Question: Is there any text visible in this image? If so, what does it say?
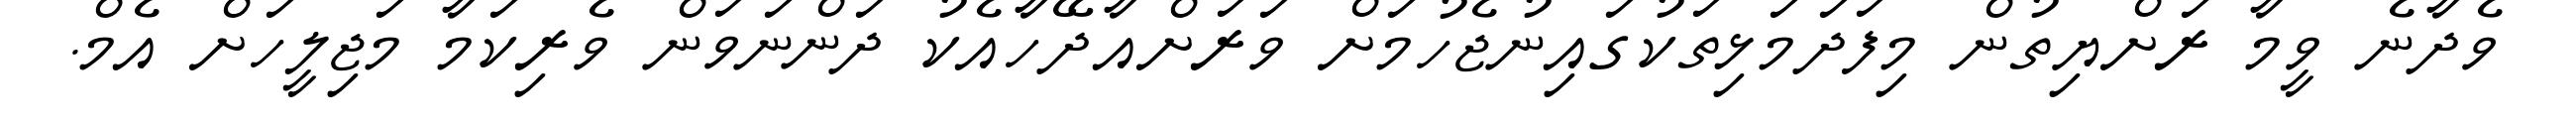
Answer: ވެދާނެ ވީމާ ރަށްޔިތުން މިފަދަމަޅިތަކުގައިނުޖެހުމަށް ވަރަށްއާދޭހާއެކު ދަންނަވަން ވެރިކަމާ މަޖިލީހަށް އެމް.